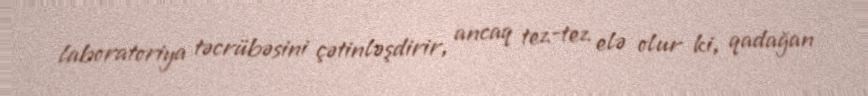
laboratoriya təcrübəsini çətinləşdirir, ancaq tez-tez elə olur ki, qadağan